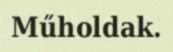
Műholdak.